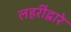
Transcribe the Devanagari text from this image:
लहरींद्वारे